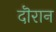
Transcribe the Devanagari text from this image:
दॊरान